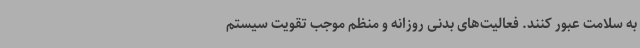
به‌ سلامت عبور کنند. فعالیت‌های بدنی روزانه و منظم موجب تقویت سیستم